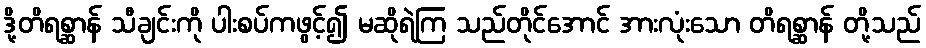
ဒို့တိရစ္ဆာန် သီချင်းကို ပါးစပ်ကဖွင့်၍ မဆိုရဲကြ သည်တိုင်အောင် အားလုံးသော တိရစ္ဆာန် တို့သည်